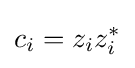
c_{i}=z_{i}z_{i}^{*}